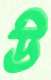
উ